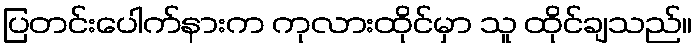
ပြတင်းပေါက်နားက ကုလားထိုင်မှာ သူ ထိုင်ချသည်။